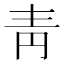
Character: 靑